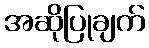
အဆိုပြုချက်